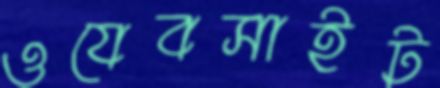
ওযেবসাইট